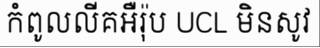
កំពូលលីគអឺរ៉ុប UCL មិនសូវ